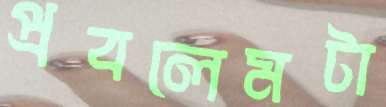
প্রবলেমটা